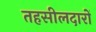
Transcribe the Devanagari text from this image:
तहसीलदारों